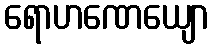
ရောဟဏေယျော